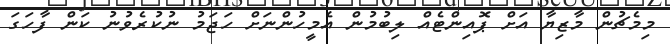
މިމެޗުން މާޒިޔާ އަށް ޕޮއިންޓެއް ލިބުމުން އެމީހުންނަށް ހަޖަމު ނުކުރެވުނު ކަން ފާހަގަ